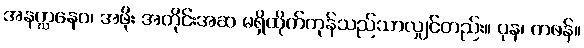
အနဂ္ဃာနေဝ၊ အဖိုး အတိုင်းအဆ မရှိထိုက်ကုန်သည်သာလျှင်တည်း။ ပုန၊ တဖန်။